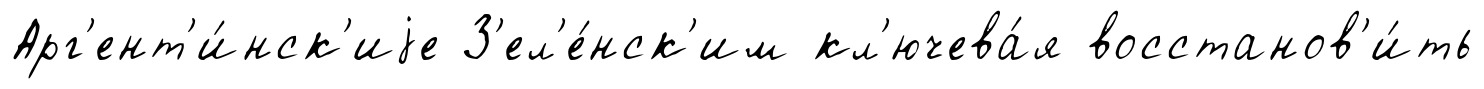
Арг'ент'и́нск'иjе З'ел'е́нск'им кл'ючева́я восстанов'и́ть